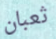
ثعبان